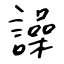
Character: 譟